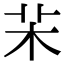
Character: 㭉